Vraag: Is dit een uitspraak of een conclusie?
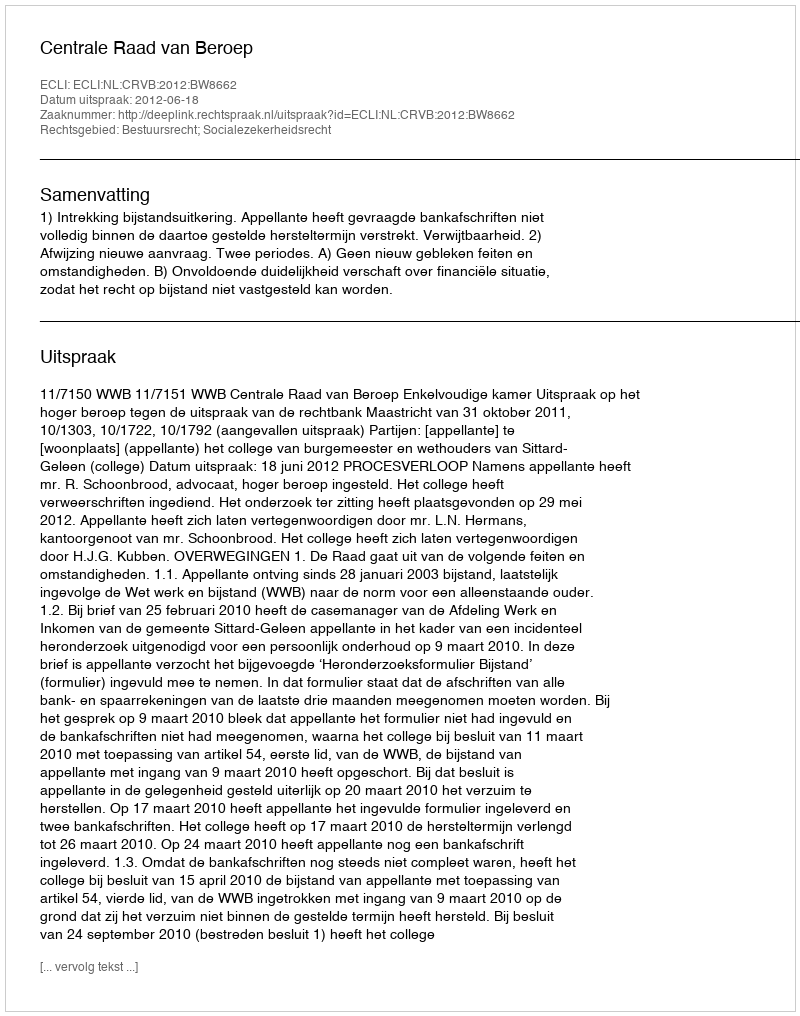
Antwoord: Uitspraak